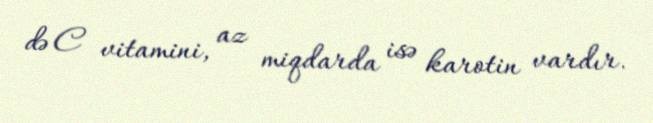
də C vitamini, az miqdarda isə karotin vardır.